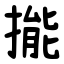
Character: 㨢